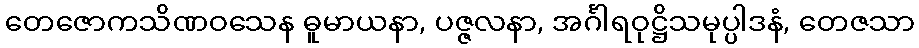
တေဇောကသိဏဝသေန ဓူမာယနာ, ပဇ္ဇလနာ, အင်္ဂါရဝုဋ္ဌိသမုပ္ပါဒနံ, တေဇသာ